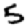
Digit: 5